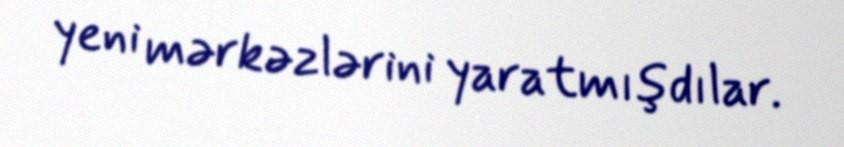
yeni mərkəzlərini yaratmışdılar.